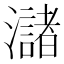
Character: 㶆